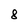
Character: 8